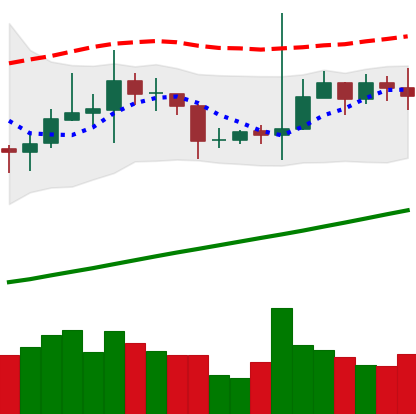
Ticker: TRX-USD
Chart end date: 2020-10-26
Forward return: -3.707%
Label: down_3_5